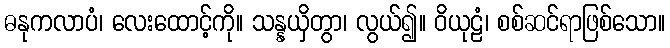
ဓနုကလာပံ၊ လေးထောင့်ကို။ သန္နယှိတွာ၊ လွယ်၍။ ဝိယုဠံ၊ စစ်ဆင်ရာဖြစ်သော။